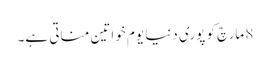
8 مارچ کو پوری دنیا یوم خواتین مناتی ہے۔